Medical and sanitary report of the native army of Bengal for the year
Year: 1876
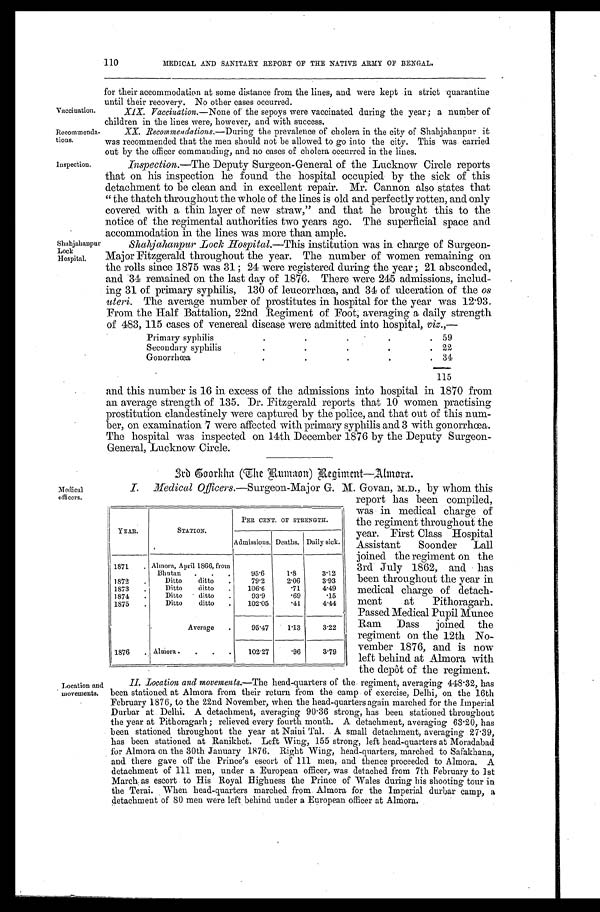
110
Vaccination.
Recommenda- tions.
MEDICAL AND SANITARY REPORT OF THE NATIVE ARMY OF BENGAL.
for their accommodation at some distance from the lines, and were kept in strict quarantine
until their recovery. No other cases occurred.
XIX. Vaccination.—None of the sepoys were vaccinated during the year; a number of
children in the lines were, however, and with success.
XX. R e c o m m e n d a t i o n s . —D u r i n g
t h e p r e v a l e n c e o f c h o l e r a i n t h e c i t y o f S h a b j a h a n p u r i t
was recommended that the men should not be allowed to go into the city. This was carried
out by the officer commanding, and no cases of cholera occurred in the lines.
inspectio
Inspection.—The Deputy Surgeon-General of the Lucknow Circle reports
that on his inspection he found the hospital occupied by the sick of this
detachment to be clean and in excellent repair. Mr. Cannon also states that
"the thatch throughout the whole of the lines is old and perfectly rotten, and only
covered with a thin layer of new straw," and that he brought this to the
notice of the regimental authorities two years ago. The superficial space and
accommodation in the lines was more than ample.
S h a h j a h a n p u r S h a h j a h a n p u r L o c k H o s p i t a l . —T
h i s
i n s t i t u t i o n w a s i n c h a r g e o f S u r g e o n -
Lock Hospital. Major Fitzgerald throughout the year. The number of women remaining on
the rolls since 1875 was 31; 24 were registered during the year; 21 absconded,
and 34 remained on the last day of 1876. There were 245 admissions, includ-
ing 31 of primary syphilis, 130 of leucorrhœa, and 34 of ulceration of the os
uteri. The average number of prostitutes in hospital for the year was 12.93.
From the Half Battalion, 22nd Regiment of Foot; averaging a daily strength
of 483, 115 cases of venereal disease were admitted into hospital, viz.,—
.
Primary syphili. •
59
Secondary syphilis
22
Gonorrhœa
34
115
and this number is 16 in excess of the admissions into hospital in 1870 from
an average strength of 135. Dr. Fitzgerald reports that 10 women practising
prostitution clandestinely were captured by the police, and that out of this num
- b e r , o n e x a m i n a t i o n 7 w e r e a f f e c t e d w i t h p r i m a r y s y p h i l i s a n d 3 w i t h g o n o r r h œ a .
The hospital was inspected on 14th December 1876 by the Deputy Surgeon-
General, Lucknow Circle.
.
Medical officers.
3rd Gurkha The Rumaon) Regiment—,Almora.
I. Medical Officers.—Surgeon-Major G. M. Govan, M.D., by whom this
YEAR.
STATION.
PER CENT. OF STRENGTH.
Admissions. Deaths. Daily sick.
1871. Almora, April 1866, from
Bhutan
95.6 1.8
3 . 1 2
1872. Ditto ditto
79.2 2. 06 3.93
1873
Ditto ditto . 106.6 .71 4 . 4 9
.
1874
Ditto ditto
93.9 .69 .15
•
1875
Ditto ditto
102.05 .41 4.44
Average
95.47 1.13 3.22
1876. Almora. 102.27 .96 3 . 7 9
report has been compiled,
was in medical charge of
the regiment throughout the
year. First Class Hospital
Assistant Soonder Lall
joined the regiment on the
3rd July 1862, and has
been throughout the year in
medical charge of detach
-ment at Pithoragarh.
Passed Medical Pupil Munee
Ram Dass joined the
regiment on the 12th No-
vember 1876, and is now
left behind at Almora with
the depôt of the regiment.
Location and
movements.
II.Location and movements.—The head-quarters of the. regiment, averaging 448.32, has
been stationed at Almora from their return from the camp of exercise, Delhi, on the 16th
February 1876, to the 22nd November, when the head-quarters again marched for the Imperial
Durbar at. Delhi. A detachment, averaging 90 .36 strong, has been stationed throughout
the year at Pithoragarh; relieved every fourth month. A detachment, averaging 63 .20, has
been stationed throughout the year at Naini Tal. A small detachment,
27.39,
has been stationed at Ranikhet. Left Wing, 155 strong, left head-quarters at Moradabad
f o r A l m o r a o n t h e 3 0 t h J a n u a r y 1 8 7 6 . R i g h t W i n g , h e a d - q u a r t e r s , m a r c h e d t o S a f a k h a n a ,
and there gave off the Prince's escort of 111 men, and thence proceeded to Almora. A
detachment of 111 men, under a European officer,- was detached from 7th February to 1st
March as escort. to His Royal Highness the Prince of Wales during his shooting tour in
the Terai. When head-quarters marched. from. Almora for the Imperial durbar camp, a
detachment of SO men were left , behind under a European officer at Almora.